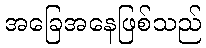
အခြေအနေဖြစ်သည်